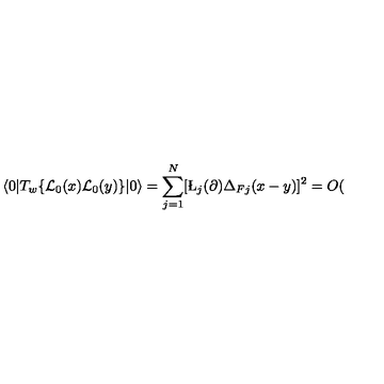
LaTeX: \langle 0 | T _ { w } \{ { \cal L } _ { 0 } ( x ) { \cal L } _ { 0 } ( y ) \} | 0 \rangle = \sum _ { j = 1 } ^ { N } \lbrack \L _ { j } ( \partial ) \Delta _ { F j } ( x - y ) \rbrack ^ { 2 } = O (